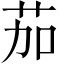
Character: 茄